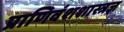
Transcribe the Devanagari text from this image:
प्राणिवंशशास्त्रज्ञ